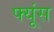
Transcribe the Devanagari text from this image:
फ्यूंस